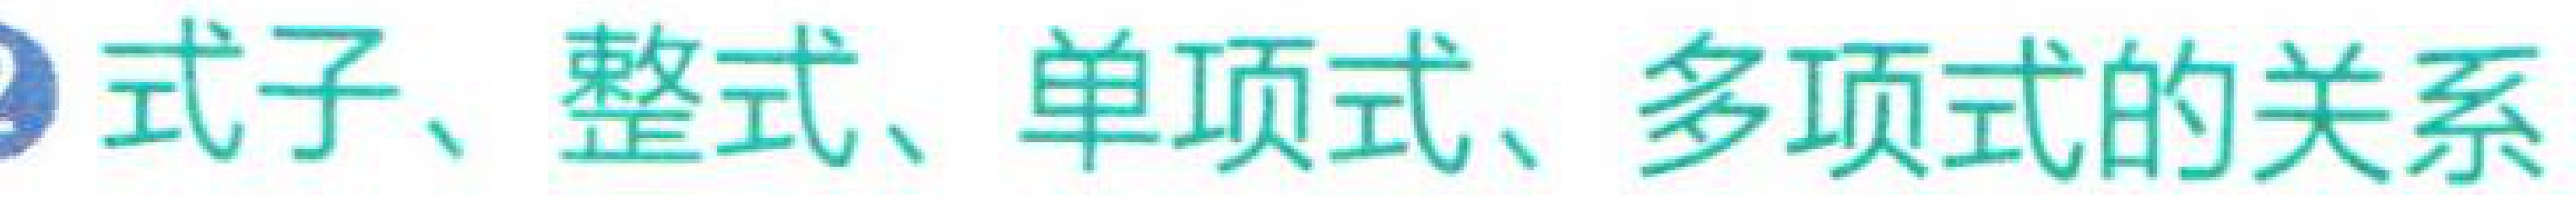
式子、整式、单项式、多项式的关系